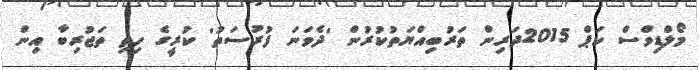
މޯލްޑިވްސް ކަޕް 2015ދަރިން ތަރުބިއްޔަތުކުރުން 'ދެވަނަ ފުރުސަތު' ކުރީގެ ހިތި ތަޖުރިބާ އިން